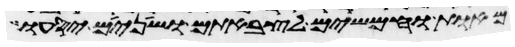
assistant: מאות וחמשים לצבאתם ושנים יסעו